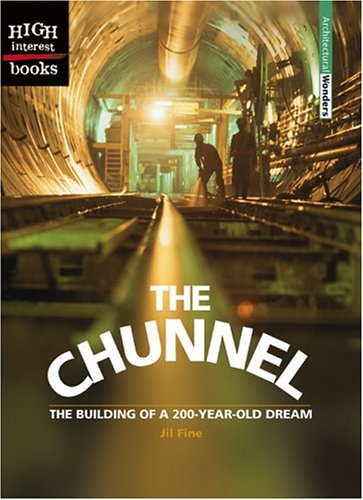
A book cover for The Chunnel: The Building of a 200-Year-Old Dream (High Interest Books: Architectural Wonders); Jil Fine; Teen & Young Adult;